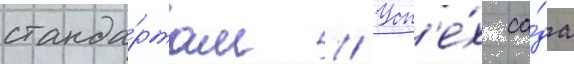
станда́ртам // Усп'е́х са́да